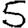
Digit: 5